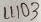
Text: LL103